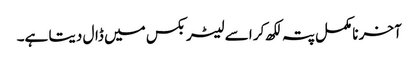
آخر نامکمل پتہ لکھ کر اسے لیٹر بکس میں ڈال دیتا ہے۔